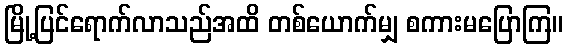
မြို့ပြင်ရောက်လာသည်အထိ တစ်ယောက်မျှ စကားမပြောကြ။